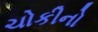
ચોકીનો